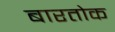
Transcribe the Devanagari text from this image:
बारतोक